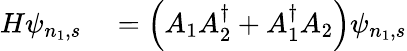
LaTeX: \begin{array}{rl}{H\psi_{n_{1},s}}&{{}=\left(A_{1}A_{2}^{\dagger}+A_{1}^{\dagger}A_{2}\right)\psi_{n_{1},s}}\end{array}